Senior Leaving Certificate Examination (including Day School Certificate (Higher) General paper), 1946
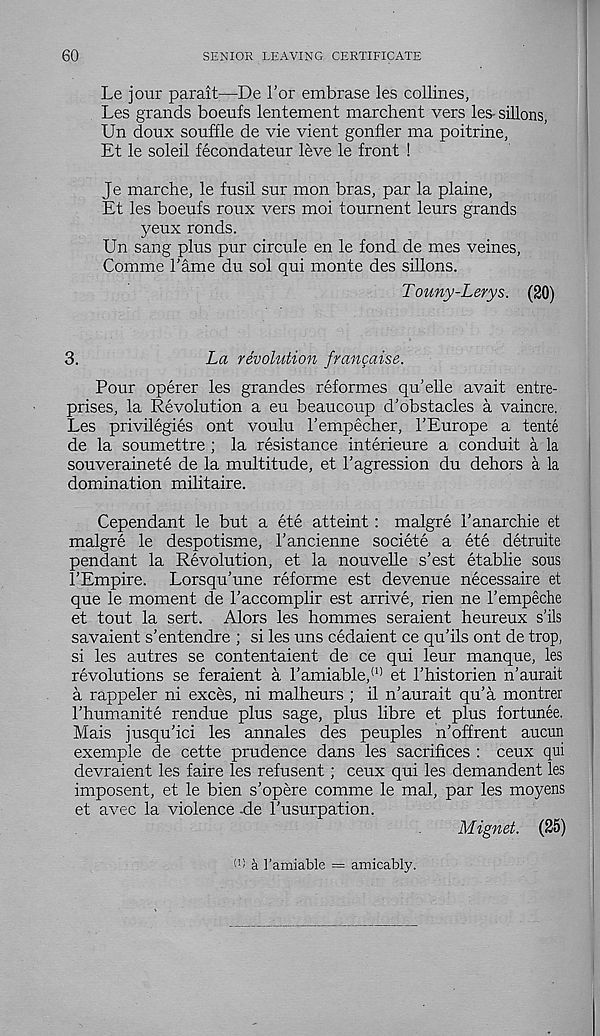
60
SENIOR LEAVING CERTIFICATE
Le jour parait—De 1’or embrase les collin.es,
Les grands boeufs lentement marchent vers les-sillons,
Un doux souffle de vie vient gonfler ma poitrine,
Et le soleil fecondateur leve le front !
Je marche, le fusil sur mon bras, par la plaine,
Et les boeufs roux vers moi tournent leurs grands
yeux ronds.
Un sang plus pur circule en le fond de mes veines,
Comme Tame du sol qui monte des sillons.
T ouny-Lerys. (20)
3.
La revolution francaise.
Pour operer les gran des reformes qu’elle avait entre-
prises, la Revolution a eu beaucoup d'obstacles a vaincre.
Les privilegies ont voulu I’empecher, TEurope a tente
de la soumettre ; la resistance interieure a conduit a la
souverainete de la multitude, et 1’agression du dehors a la
domination militaire.
Cependant le but a ete atteint: malgre 1’anarchie et
malgre le despotisme, I’ancienne societe a ete detruite
pendant la Revolution, et la nouvelle s’est etablie sous
1’Empire. Lorsqu’une reforme est devenue necessaire et
que le moment de Taccomplir est arrive, rien ne 1’empeche
et tout la sert. Alors les hommes seraient heureux s’ils
savaient s’entendre ; si les uns cedaient ce qu’ils ont de trop,
si les autres se contentaient de ce qui leur manque, les
revolutions se feraient a I’amiable, 01 et 1’historien n’aurait
a rappeler ni exces, ni malheurs ; il n’aurait qu’a montrer
1’humanite rendue plus sage, plus libre et plus fortunee.
Mais jusqu’ici les annales des peuples n’offrent aucun
exemple de cette prudence dans les sacrifices : ceux qui
devraient les faire les refusent; ceux qui les demandent les
imposent, et le bien s’opere comme le mal, par les moyens
et avec la violence -de 1’usurpation.
Mignet. (25)
(1 ) a I’amiable = amicably.